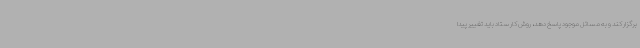
برگزار کند و به مسائل موجود پاسخ دهد، روش کار ستاد باید تغییر پیدا